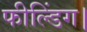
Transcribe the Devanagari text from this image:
फील्डिंग।